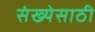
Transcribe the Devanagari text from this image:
संख्‍येसाठी